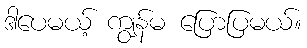
ဒါပေမယ့် ကျွန်မ ပြောပြမယ်။